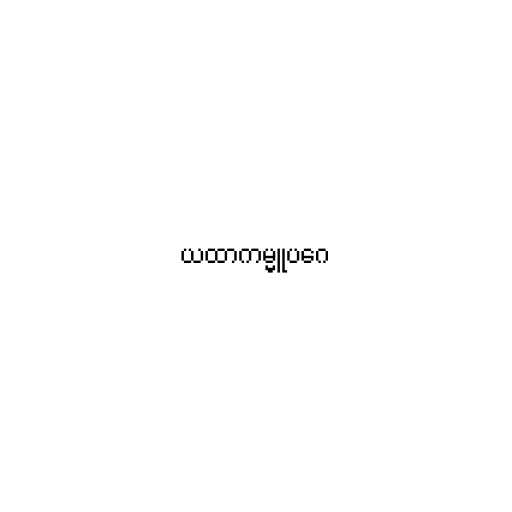
ယထာကမ္မူပဂေ